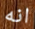
انه